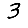
Digit: 3